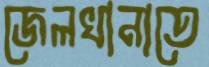
জেলখানাতে